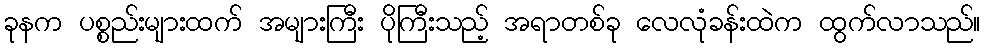
ခုနက ပစ္စည်းများထက် အများကြီး ပိုကြီးသည့် အရာတစ်ခု လေလုံခန်းထဲက ထွက်လာသည်။